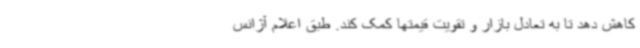
کاهش دهد تا به تعادل بازار و تقویت قیمتها کمک کند. طبق اعلام آژانس